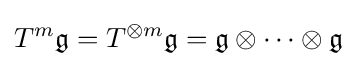
T^{m}{\mathfrak {g}}=T^{\otimes m}{\mathfrak {g}}={\mathfrak {g}}\otimes \cdots \otimes {\mathfrak {g}}